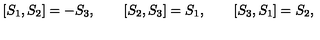
[ S _ { 1 } , S _ { 2 } ] = - S _ { 3 } , \qquad [ S _ { 2 } , S _ { 3 } ] = S _ { 1 } , \qquad [ S _ { 3 } , S _ { 1 } ] = S _ { 2 } ,